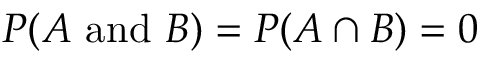
P ( A { \mathrm { ~ a n d ~ } } B ) = P ( A \cap B ) = 0